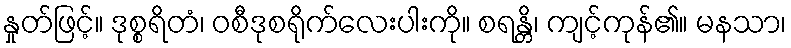
နှုတ်ဖြင့်။ ဒုစ္စရိတံ၊ ဝစီဒုစရိုက်လေးပါးကို။ စရန္တိ၊ ကျင့်ကုန်၏။ မနသာ၊